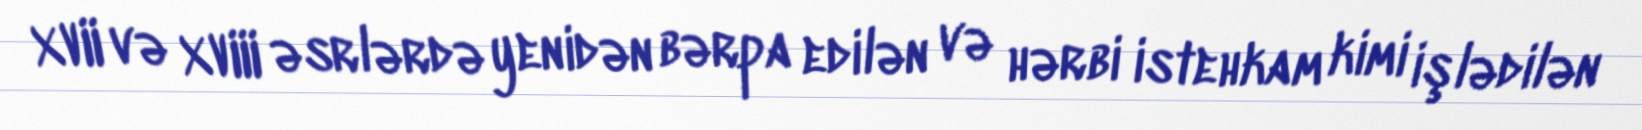
XVII və XVIII əsrlərdə yenidən bərpa edilən və hərbi istehkam kimi işlədilən